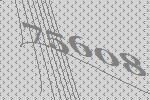
75608